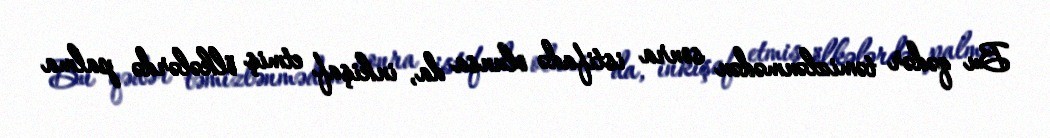
Bu qədər təmizlənmədən sonra istifadə olunsa da, inkişaf etmiş ölkələrdə palma